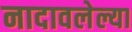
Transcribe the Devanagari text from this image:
नादावलेल्या